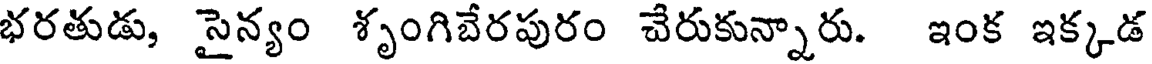
భరతుడు, సైన్యం శృంగిబేరపురం చేరుకున్నారు. ఇంక ఇక్కడ